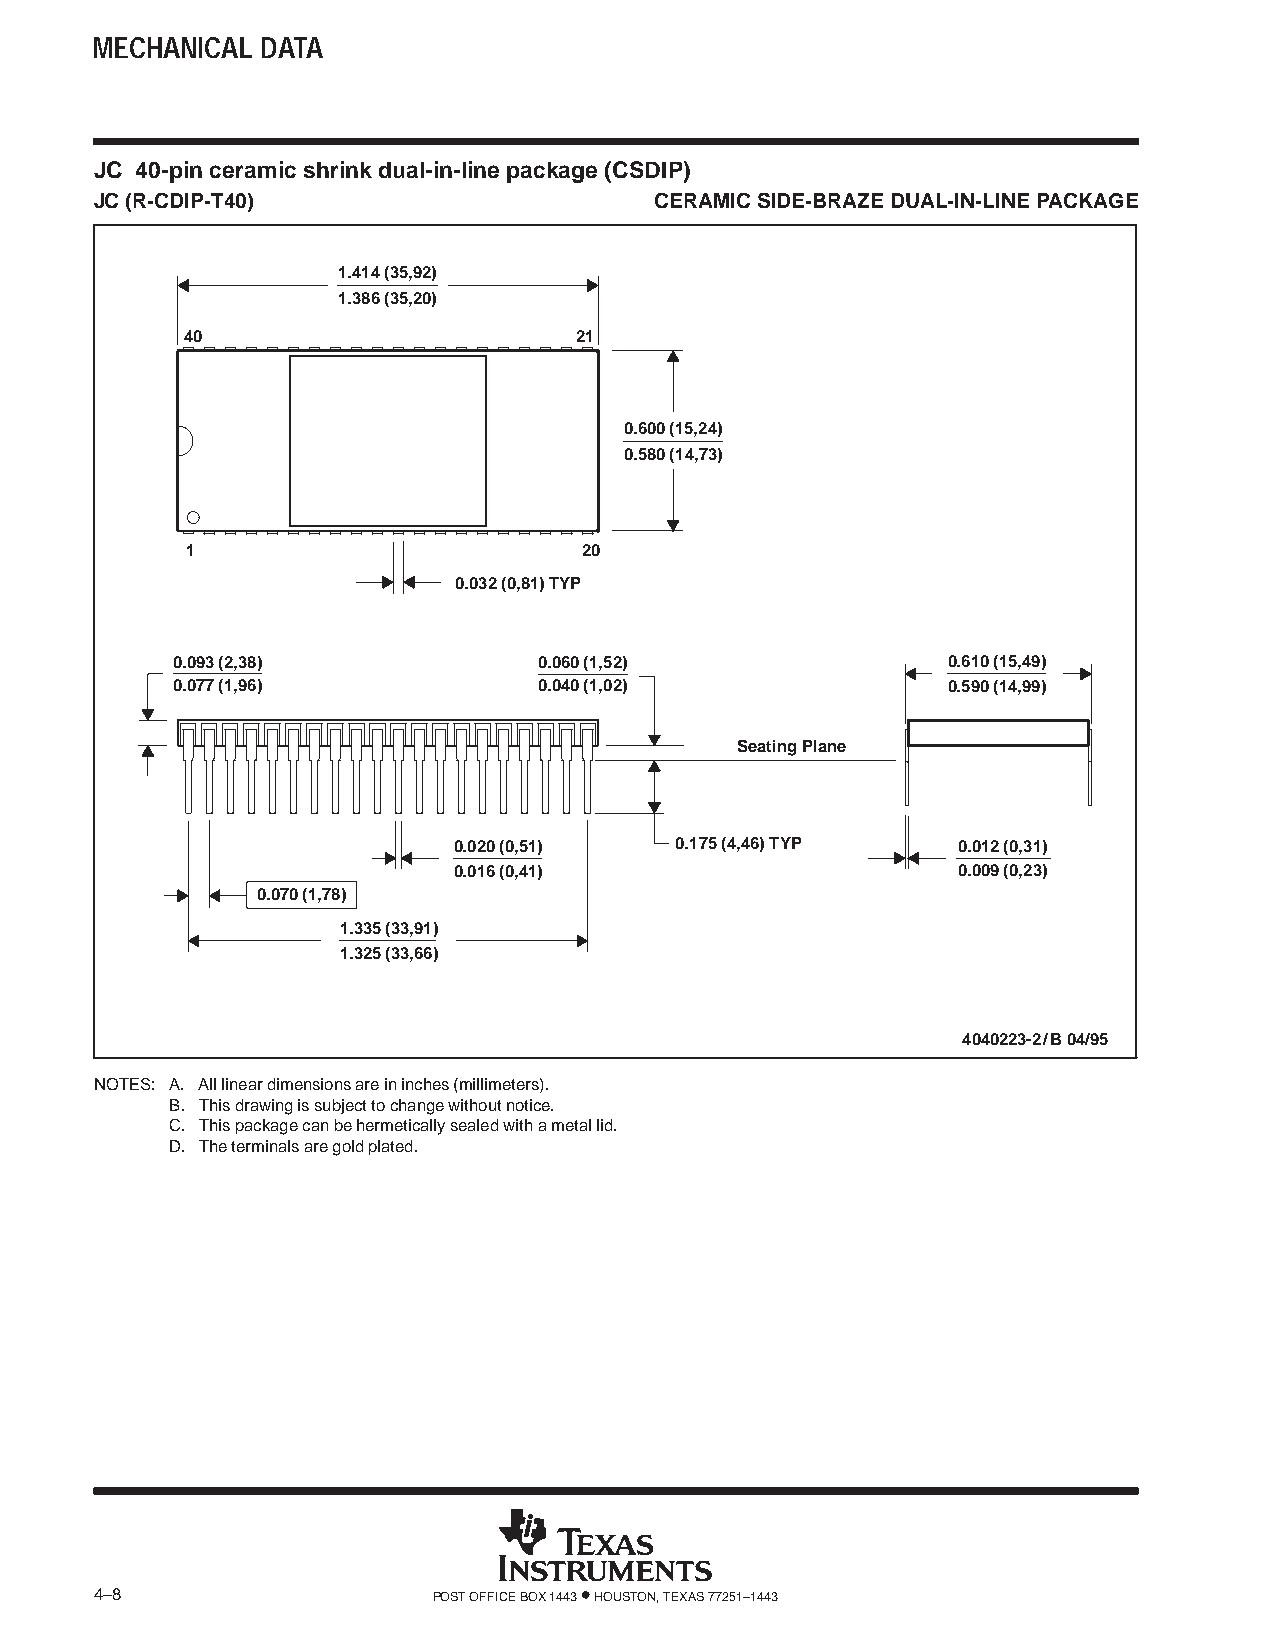
MECHANICAL DATA
 JC 40-pin ceramic shrink dual-in-line package (CSDIP)
 JC (R-CDIP-T40)                      CERAMIC SIDE-BRAZE DUAL-IN-LINE PACKAGE
 1.414 (35,92)
 1.386 (35,20)
 40                        21
 0.600 (15,24)
 0.580 (14,73)
 1                          20
 0.032 (0,81) TYP
 0.093 (2,38)             0.060 (1,52)               0.610 (15,49)
 0.077 (1,96)             0.040 (1,02)               0.590 (14,99)
 Seating Plane
 0.020 (0,51)   0.175 (4,46) TYP  0.012 (0,31)
 0.016 (0,41)                     0.009 (0,23)
 0.070 (1,78)
 1.335 (33,91)
 1.325 (33,66)
 4040223-2/B 04/95
 NOTES: A. All linear dimensions are in inches (millimeters).
 B. This drawing is subject to change without notice.
 C. This package can be hermetically sealed with a metal lid.
 D. The terminals are gold plated.
 4–8                    POST OFFICE BOX 1443 • HOUSTON, TEXAS 77251–1443